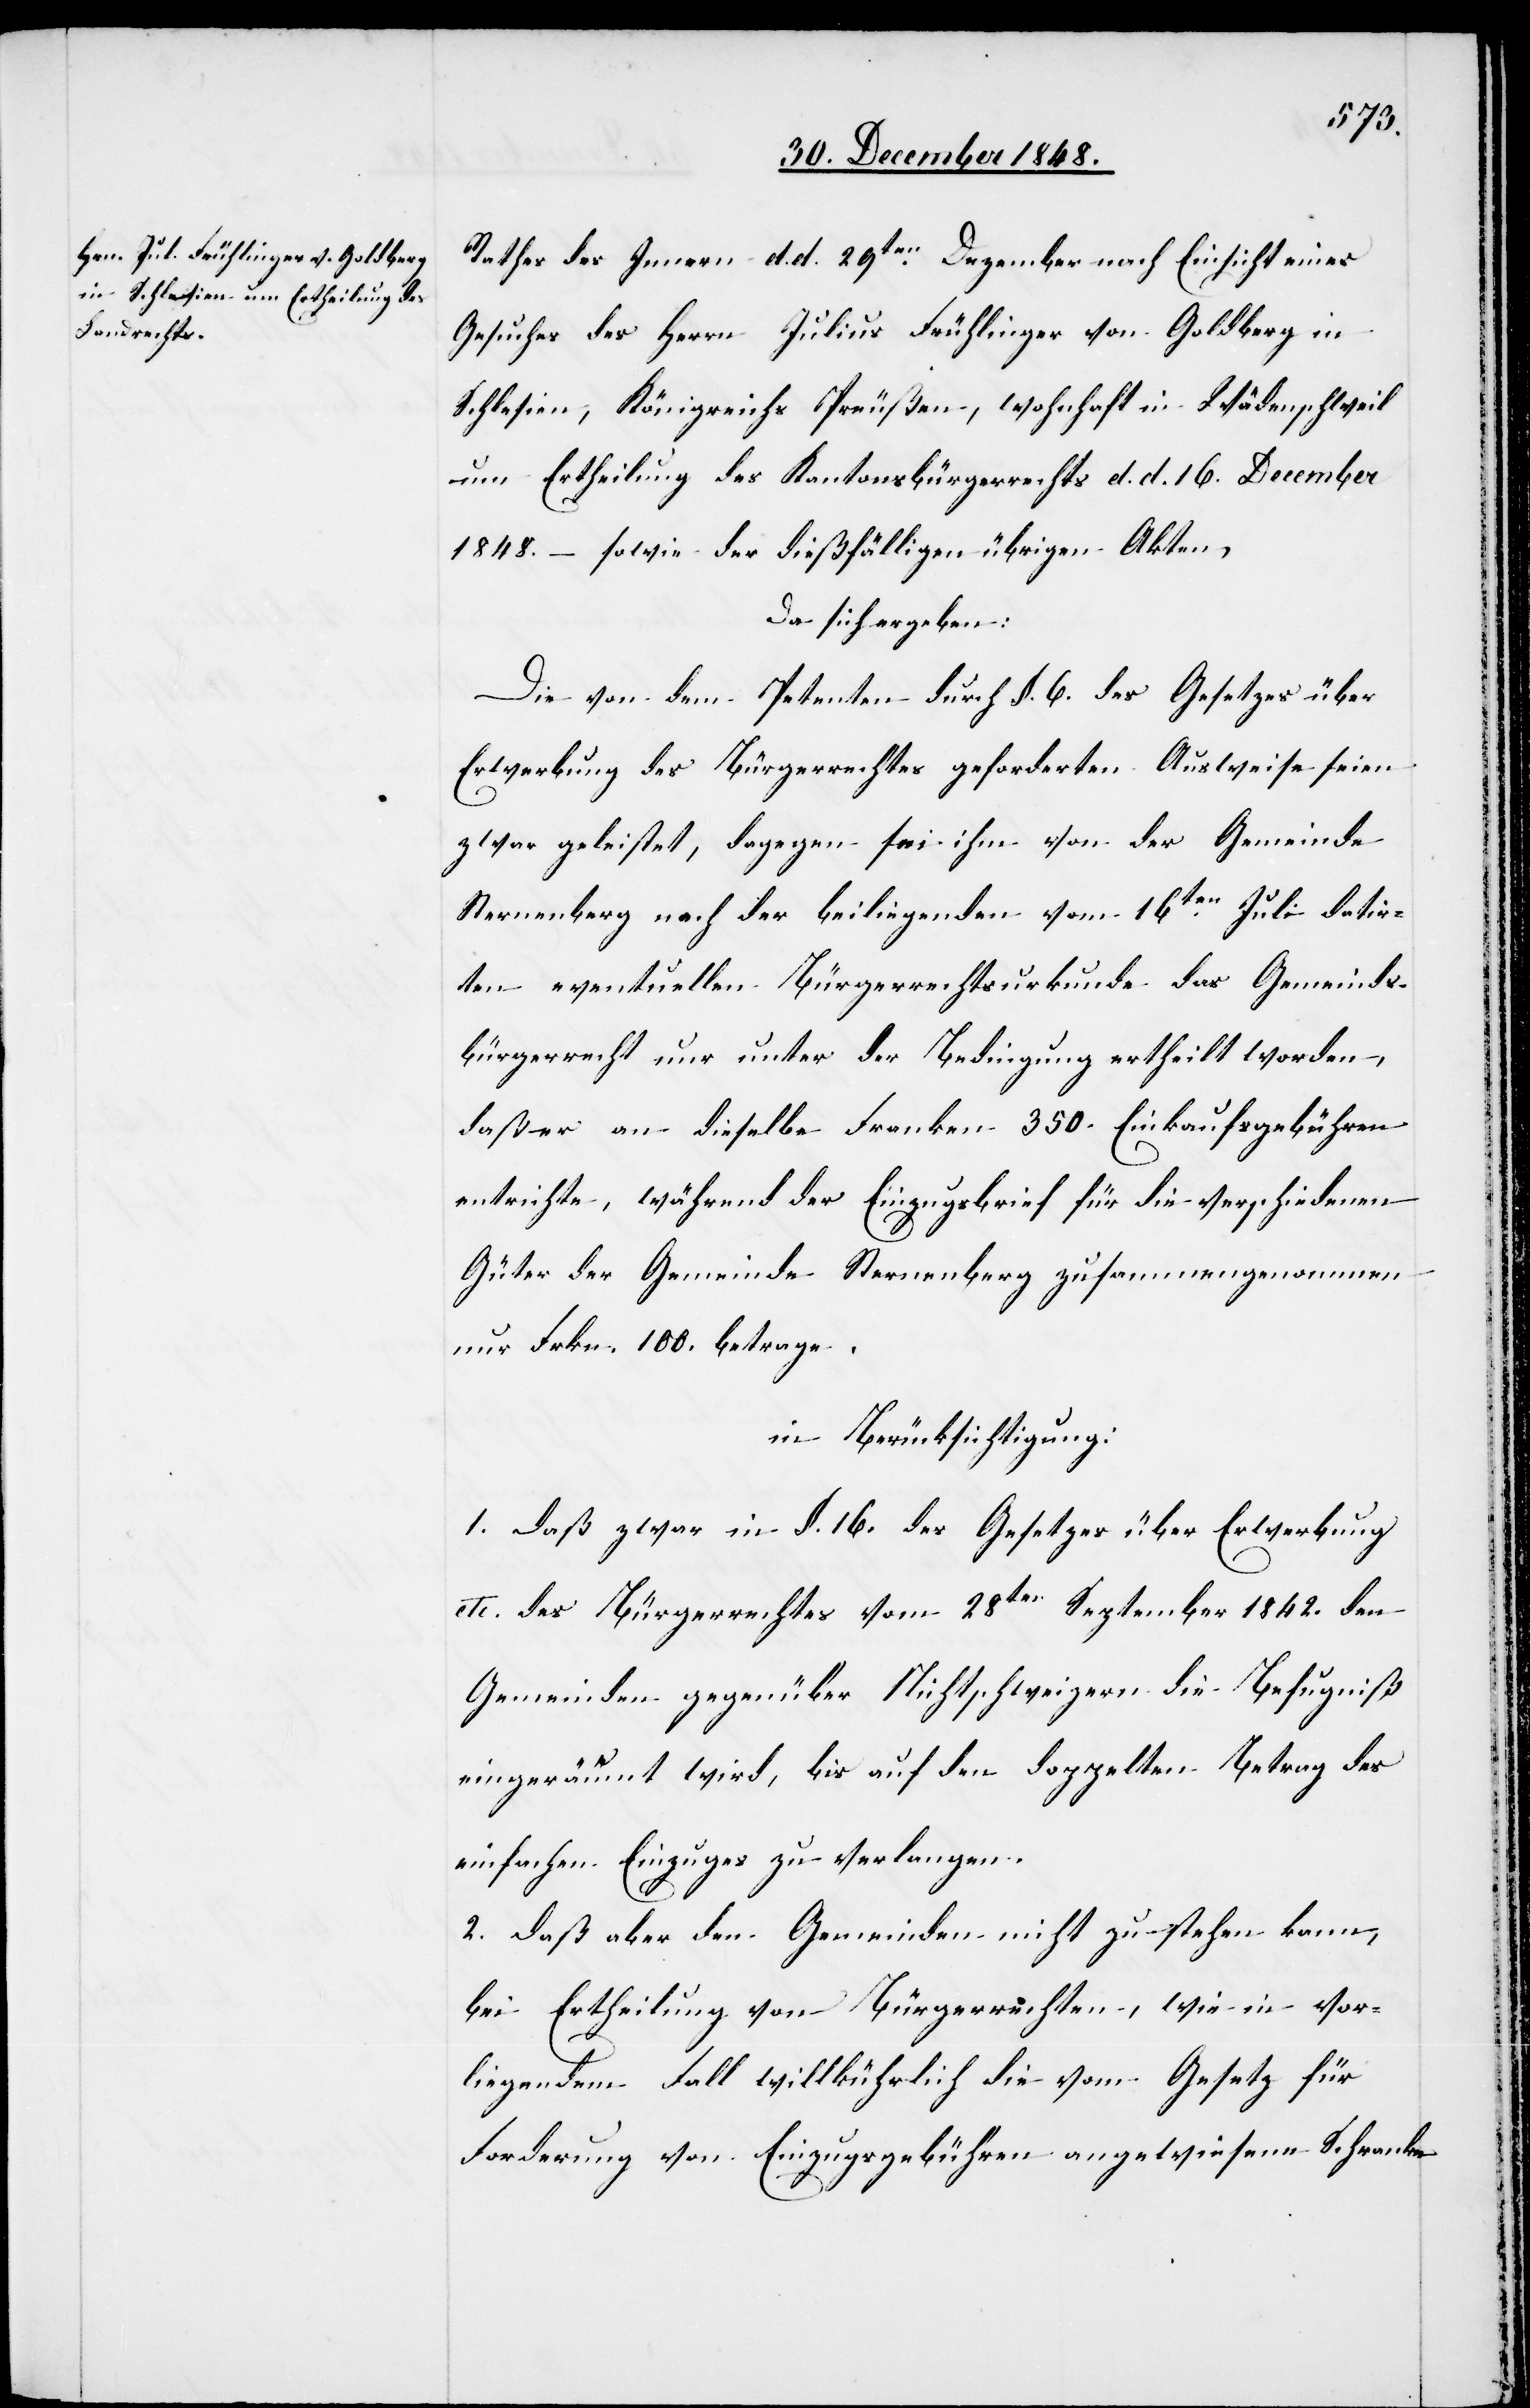
Rathes des Innern d. d. 29ten Dezember nach Einsicht eines
Gesuches des Herrn Julius Frühlinger von Goldberg in
Schlesien, Königreichs Preußen, wohnhaft in Wädenschweil
um Ertheilung des Kantonsbürgerrechts d. d. 16. December
1848. – sowie der dießfälligen übrigen Akten,
Da sich ergeben:
Die von dem Petenten durch §. 6. des Gesetzes über
Erwerbung des Bürgerrechts geforderten Ausweise seien
zwar geleistet, dagegen sei ihm von der Gemeinde
Sternenberg nach der beiliegenden vom 16ten Juli datir¬
ten eventuellen Bürgerrechtsurkunde das Gemeinds¬
bürgerrecht nur unter der Bedingung ertheilt worden,
daß er an dieselbe Franken 350. Einkaufsgebühren
entrichte, während der Einzugsbrief für die verschiedenen
Güter der Gemeinde Sternenberg zusammengenommen
nur Frkn. 100. betrage,
in Berücksichtigung:
1. Daß zwar in §. 16. des Gesetzes über Erwerbung
etc. des Bürgerrechtes vom 28ten September 1842. den
Gemeinden gegenüber Nichtschweizern die Befugniß
eingeräumt wird, bis auf den doppelten Betrag des
einfachen Einzuges zu verlangen.
2. Daß aber den Gemeinden nicht zustehen kann,
bei Ertheilung von Bürgerrechten, wie in vor¬
liegendem Fall willkührlich die vom Gesetz für
Forderung von Einzugsgebühren angewiesene Schranke